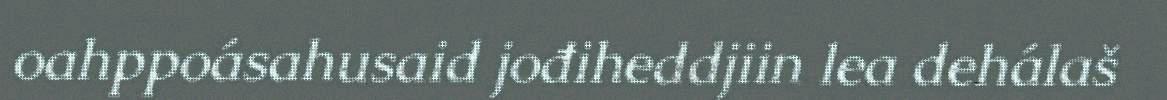
oahppoásahusaid jođiheddjiin lea dehálaš